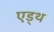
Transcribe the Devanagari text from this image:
एड्थ